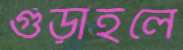
গুঁড়াইলে